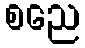
စညေ